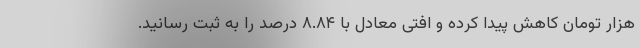
هزار تومان کاهش پیدا کرده و افتی معادل با ۸.۸۴ درصد را به ثبت رسانید.